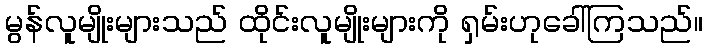
မွန်လူမျိုးများသည် ထိုင်းလူမျိုးများကို ရှမ်းဟုခေါ်ကြသည်။